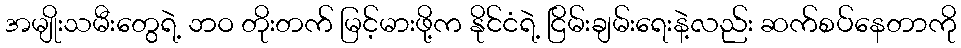
အမျိုးသမီးတွေရဲ့ ဘဝ တိုးတက် မြင့်မားဖို့က နိုင်ငံရဲ့ ငြိမ်းချမ်းရေးနဲ့လည်း ဆက်စပ်နေတာကို